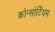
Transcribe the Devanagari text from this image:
कोन्सोर्टियम